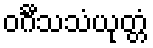
ဝင်္ဂီသသံယုတ္တံ